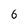
Character: 6